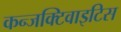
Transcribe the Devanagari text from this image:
कन्जक्टिवाइटिस